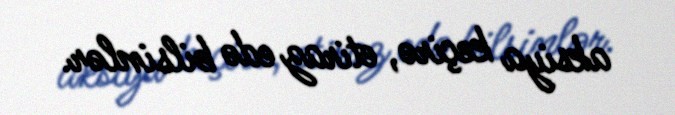
aksiya keçirə, etiraz edə bilsinlər.